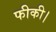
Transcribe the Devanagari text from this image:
फीकी।